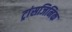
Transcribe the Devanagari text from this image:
ट्रांसजिनिक